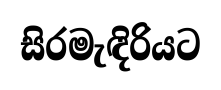
සිරමැඳිරියට